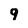
Character: 9